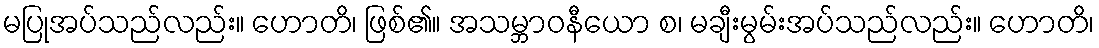
မပြုအပ်သည်လည်း။ ဟောတိ၊ ဖြစ်၏။ အသမ္ဘာဝနီယော စ၊ မချီးမွမ်းအပ်သည်လည်း။ ဟောတိ၊